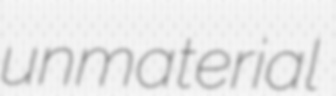
unmaterial